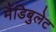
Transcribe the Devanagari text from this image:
मैंडिबुलेट